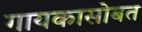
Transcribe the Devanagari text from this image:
गायकासोबत